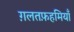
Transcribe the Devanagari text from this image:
ग़लतफ़हमियाँ